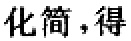
化简，得